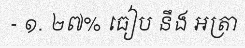
- ១. ២៧% ធៀប នឹង អត្រា